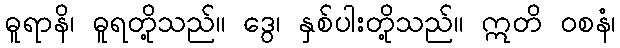
ဓူရာနိ၊ ဓူရတို့သည်။ ဒွေ၊ နှစ်ပါးတို့သည်။ ဣတိ ဝစနံ၊